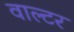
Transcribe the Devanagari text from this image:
वाल्‍टर